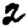
Digit: 2